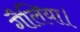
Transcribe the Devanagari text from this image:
गैलिया।